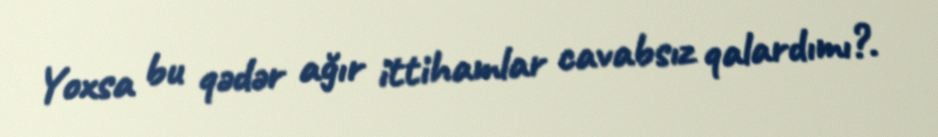
Yoxsa bu qədər ağır ittihamlar cavabsız qalardımı?.